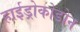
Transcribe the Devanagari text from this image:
हाईड्रोकोडोन